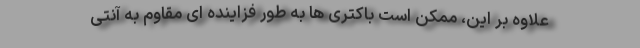
علاوه بر این، ممکن است باکتری ها به طور فزاینده ای مقاوم به آنتی